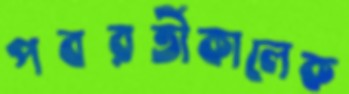
পবরর্তীকালেক